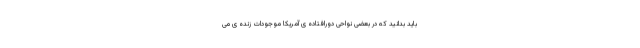
باید بدانید که در بعضی نواحی دورافتاده ی آمریکا موجودات زنده ی می